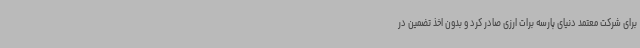
برای شرکت معتمد دنیای پارسه برات ارزی صادر کرد و بدون اخذ تضمین در